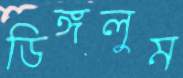
ডিঙ্গলুম